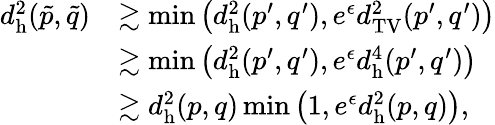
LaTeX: \begin{array}{rl}{d_{\mathrm{h}}^{2}(\tilde{p},\tilde{q})}&{\gtrsim\operatorname*{min}\left(d_{\mathrm{h}}^{2}(p^{\prime},q^{\prime}),e^{\epsilon}d_{\mathrm{TV}}^{2}(p^{\prime},q^{\prime})\right)}\\ &{\gtrsim\operatorname*{min}\left(d_{\mathrm{h}}^{2}(p^{\prime},q^{\prime}),e^{\epsilon}d_{\mathrm{h}}^{4}(p^{\prime},q^{\prime})\right)}\\ &{\gtrsim d_{\mathrm{h}}^{2}(p,q)\operatorname*{min}\left(1,e^{\epsilon}d_{\mathrm{h}}^{2}(p,q)\right),}\end{array}